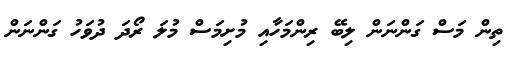
ތިން މަސް ގަންނަން ލިބޭ ރިންމަހާއި މުށިމަސް މުލަ ރޯދަ ދުވަހު ގަންނަން